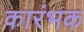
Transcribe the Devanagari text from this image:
कारंभक